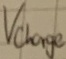
Text: Vcharge